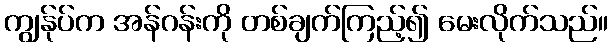
ကျွန်ုပ်က အန်ဂန်းကို တစ်ချက်ကြည့်၍ မေးလိုက်သည်။